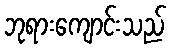
ဘုရားကျောင်းသည်